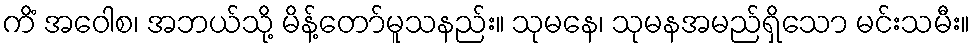
ကိံ အဝေါစ၊ အဘယ်သို့ မိန့်တော်မူသနည်း။ သုမနေ၊ သုမနအမည်ရှိသော မင်းသမီး။